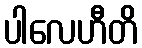
ပါလေဟီတိ